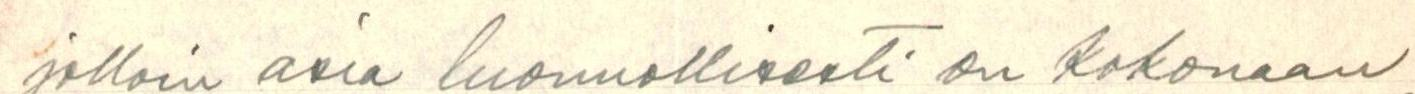
jolloin asia luonnollisesti on kokonaan